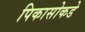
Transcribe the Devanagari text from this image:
पिकासोकडे